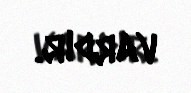
vardır.